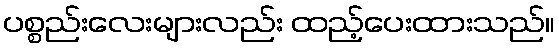
ပစ္စည်းလေးများလည်း ထည့်ပေးထားသည်။